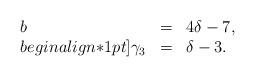
LaTeX: \begin{align*} \begin{array}{lll}b &=& 4 \delta-7,\\begin{align*}1pt]\gamma_3 &=& \delta-3.\end{array}\end{align*}